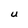
Character: U